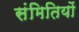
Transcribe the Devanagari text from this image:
संमितियों